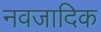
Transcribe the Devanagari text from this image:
नवजादिक